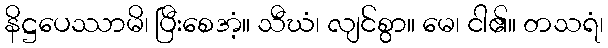
နိဋ္ဌပေဿာမိ၊ ပြီးစေအံ့။ သီဃံ၊ လျင်စွာ။ မေ၊ ငါ၏။ တသရံ၊